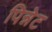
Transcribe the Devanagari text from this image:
पिन्नेट